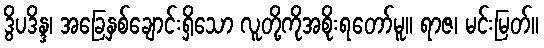
ဒွိပဒိန္ဒ၊ အခြေနှစ်ချောင်းရှိသော လူတို့ကိုအစိုးရတော်မူ။ ရာဇ၊ မင်းမြတ်။